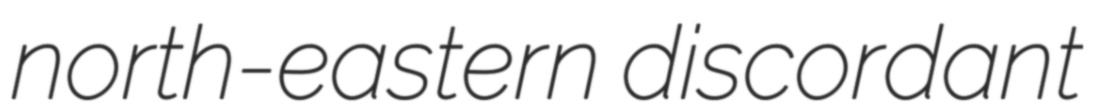
north-eastern discordant